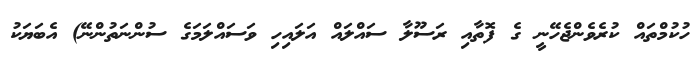
ހުކުމްތައް ކުރެވެންޖެހޭނީ ގެ ފޮތާއި ރަސޫލާ ސައްލައް އަލައިިހި ވަސައްލަމަގެ ސުންނަތުންނޭ) އެބަޔަކު